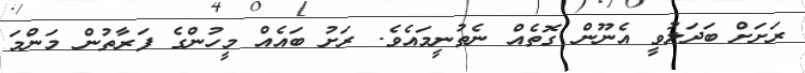
ރަށަށް ބަދަލުވީ އެނޫން ގޮތެއް ނެތުނީމައެވެ. ރަށު ބައެއް މީހުންގެ ފަރާތުން މަންމަ